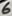
Text: 6